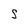
Character: S